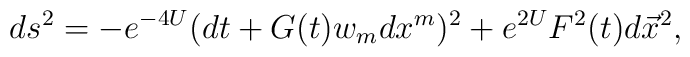
ds^2 = -e^{-4U}(dt+G(t)w_m dx^m)^2+e^{2U}F^2(t)d\vec{x}^2,